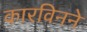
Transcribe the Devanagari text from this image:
कारविनने